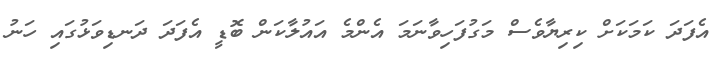
އެފަދަ ކަމަކަށް ކިރިޔާވެސް މަގުފަހިވާނަމަ އެންމެ އައުލާކަން ބޮޑީ އެފަދަ ދަނޑިވަޅުގައި ހަނު